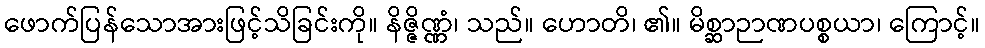
ဖောက်ပြန်သောအားဖြင့်သိခြင်းကို။ နိဇ္ဇိဏ္ဏံ၊ သည်။ ဟောတိ၊ ၏။ မိစ္ဆာဉာဏပစ္စယာ၊ ကြောင့်။